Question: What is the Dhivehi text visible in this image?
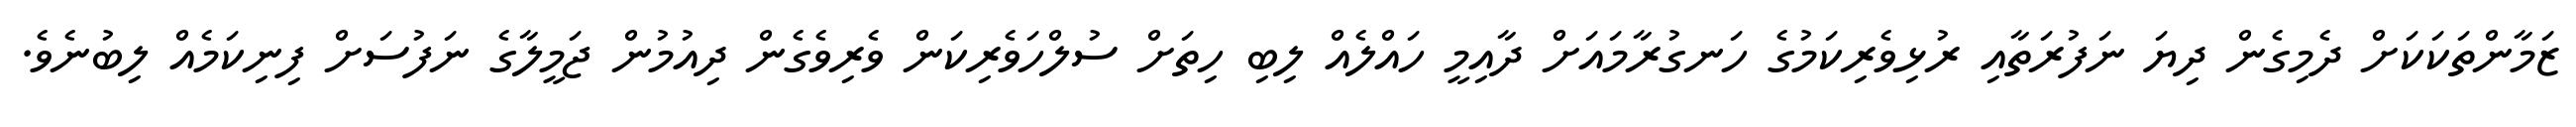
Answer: ޒަމާންތަކަކަށް ދެމިގެން ދިޔަ ނަފުރަތާއި ރުޅިވެރިކަމުގެ ހަނގުރާމައަށް ދާއިމީ ހައްލެއް ލިބި ހިތަށް ސުލްހަވެރިކަން ވެރިވެގެން ދިއުމުން ޖަމީލާގެ ނަފުސަށް ފިނިކަމެއް ލިބުނެވެ.